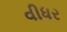
વીધર